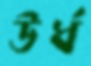
উর্ধ